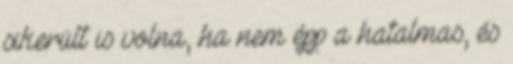
sikerült is volna, ha nem épp a hatalmas, és